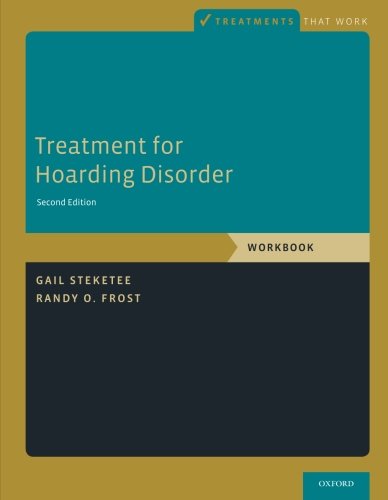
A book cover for Treatment for Hoarding Disorder: Workbook (Treatments That Work); Gail Steketee; Health, Fitness & Dieting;